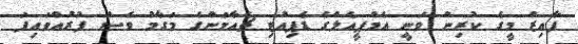
ފާއިޒް މީގެ ކުރިން ވަނީ އެމްޕީއެލްގެ ޑެޕިއުޓި ޗެއާމަންގެ މަގާމު ވެސް ފުރުއްވައިފަ